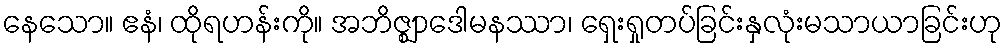
နေသော။ ဧနံ၊ ထိုရဟန်းကို။ အဘိဇ္ဈာဒေါမနဿာ၊ ရှေးရှုတပ်ခြင်းနှလုံးမသာယာခြင်းဟု